Loodushoiu_ja_Turismi_Instituut, lk 324
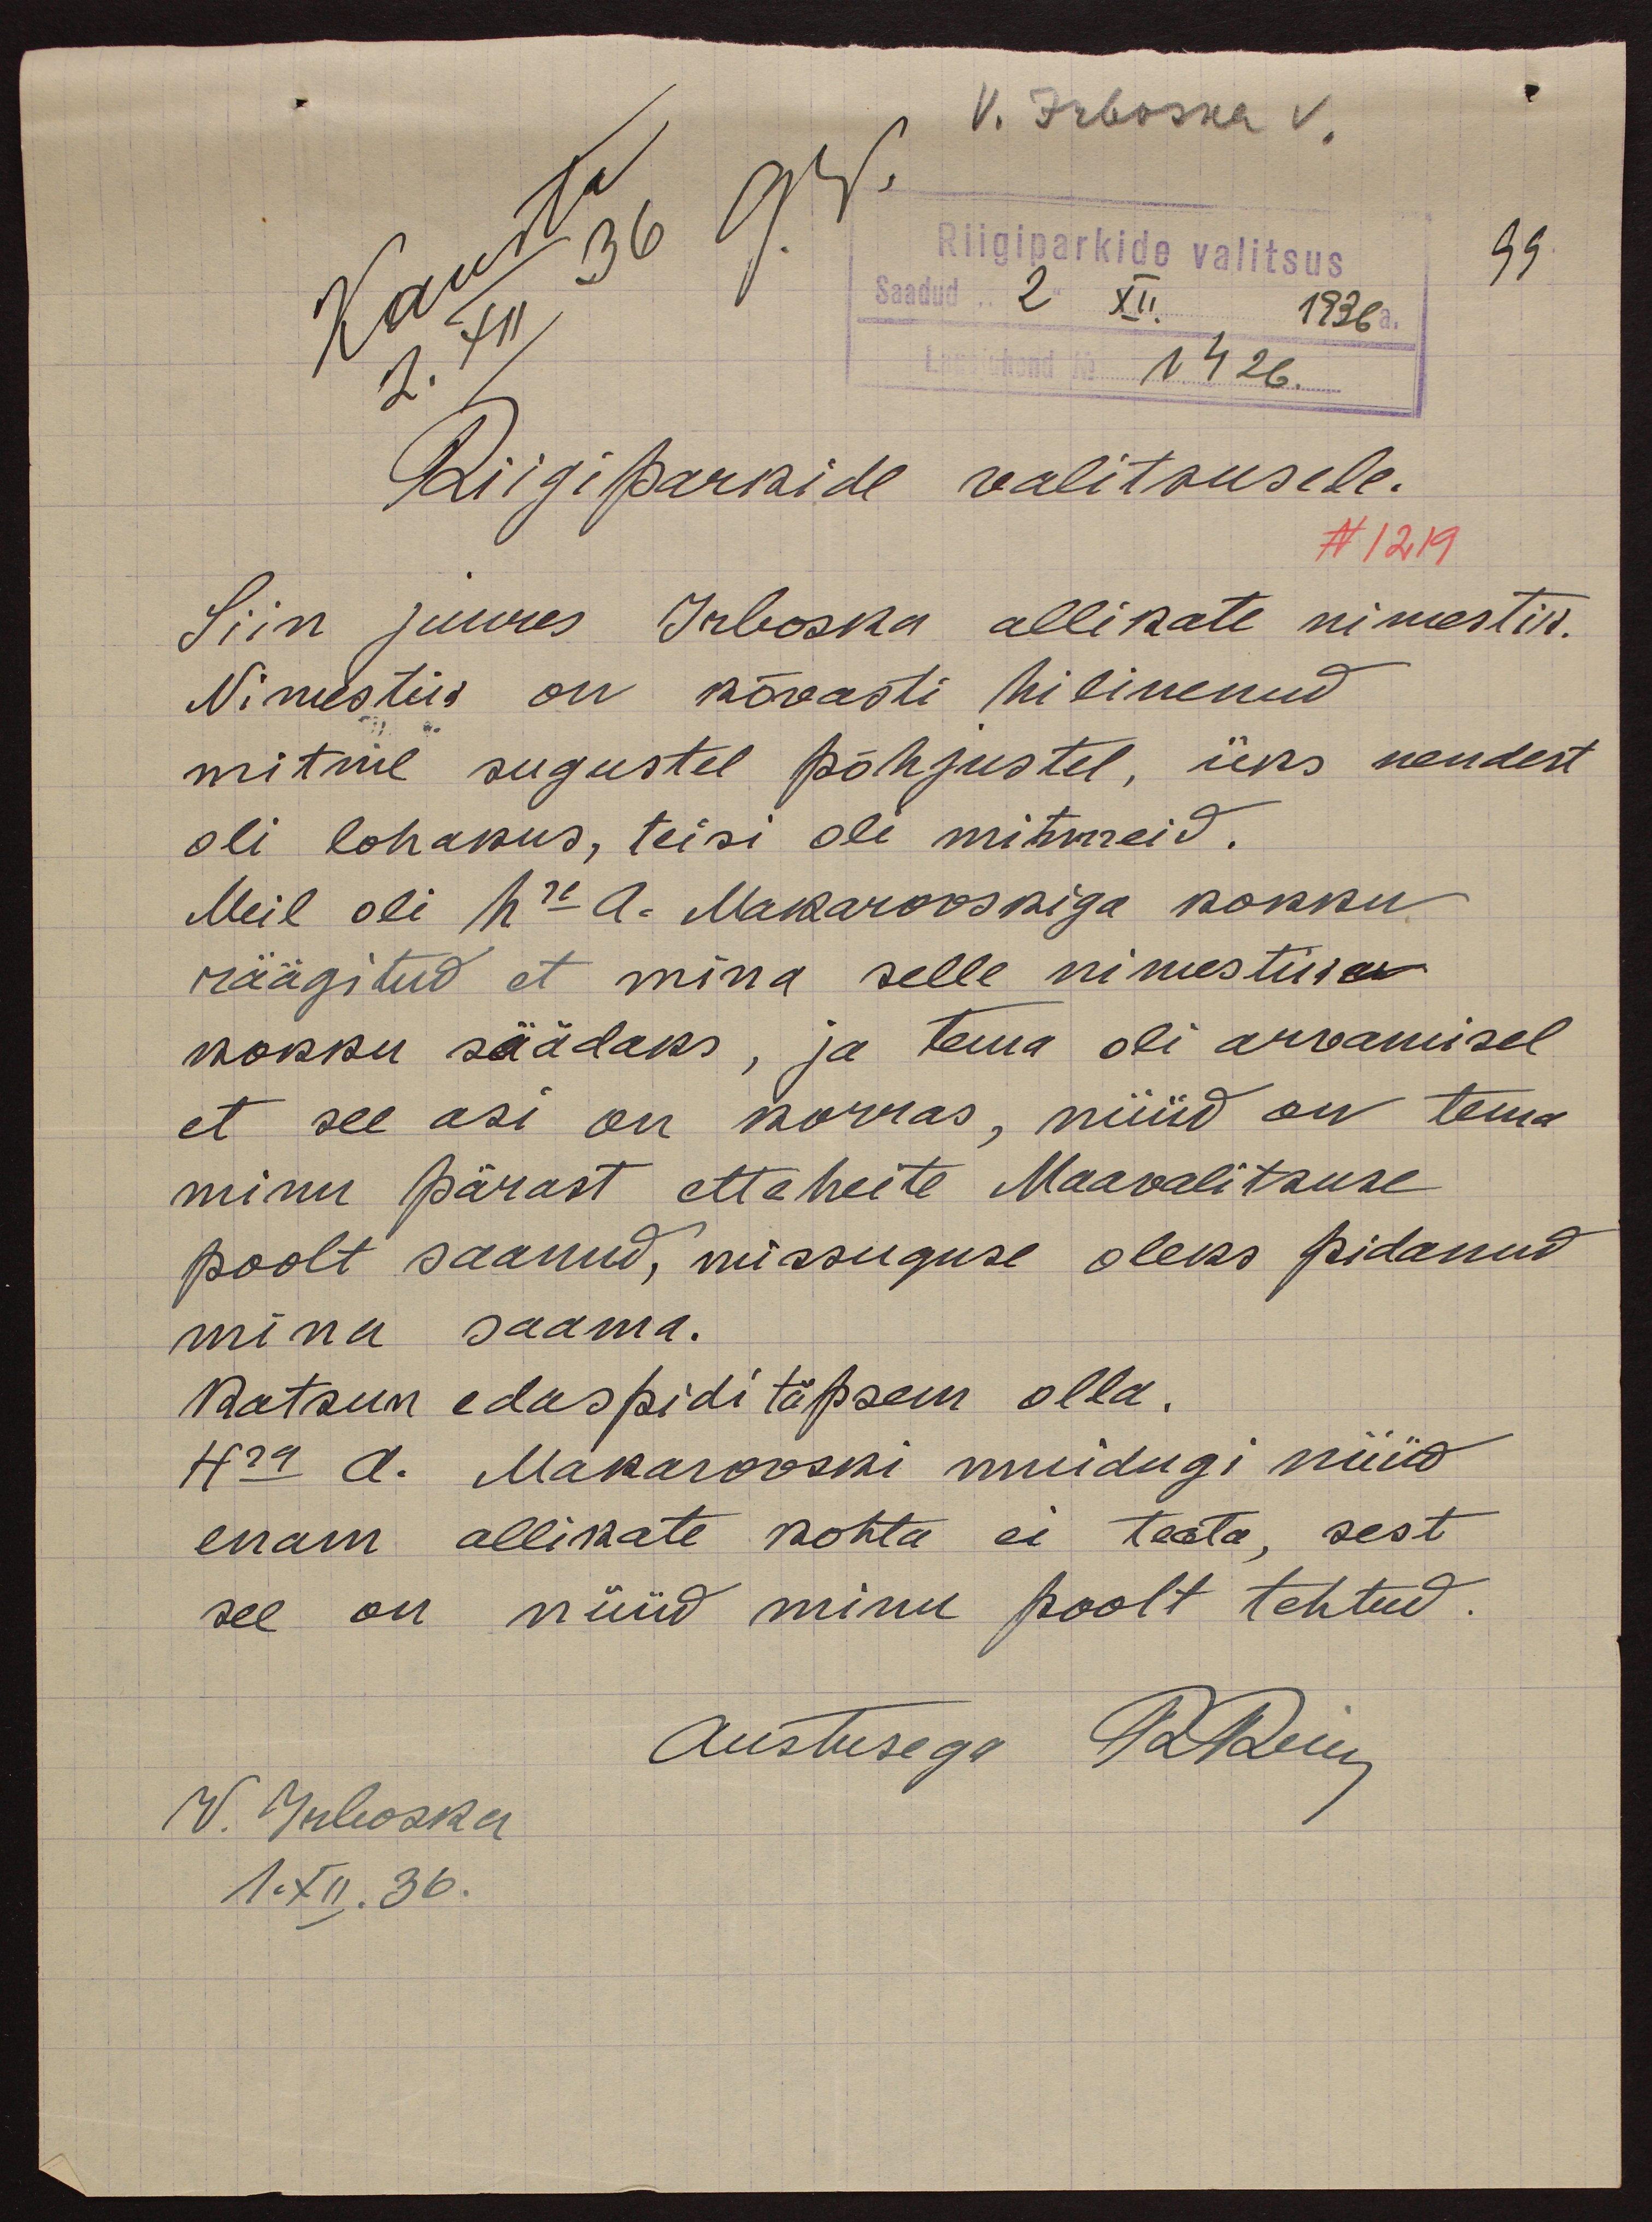
V. Irbosna v.
Riigiparkide valitsus
99.
Saadud "2" XII. 1936 a.
Lauajuhend No 1426
Riigiparkide valitusele.
N 1219
Siin juures Irboska allikate nimestik.
Nimestik on kõvasti hilinenud
mitme sugustel põhjustel, üks nendest
oli lohakus, teisi oli mitmeid.
Meil oli hra A. Makarovskiga kokku
räägitud et mina selle nimestiku
kokku säädaks, ja tema oli arvamisel
et see asi on korras, nüüd on tema
minu pärast etteheite Maavalitsuse
poolt saanud, missuguse oleks pidanud
mina saama.
Katsun edaspidi täpsem olla.
Hra A. Makarovski muidugi nüüd
enam allikate kohta ei teata, sest
see on nüüd minu poolt tehtud.
Austusega R Rein
V. Irboska
1.XII.36.